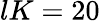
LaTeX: lK=20